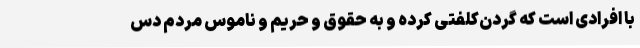
با افرادی است که گردن‌کلفتی کرده و به حقوق و حریم و ناموس مردم دس